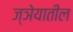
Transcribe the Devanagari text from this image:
ज्ञेयातील